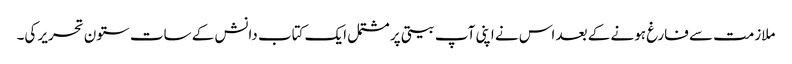
ملازمت سے فارغ ہونے کے بعد اس نے اپنی آپ بیتی پر مشتمل ایک کتاب دانش کے سات ستون تحریر کی۔